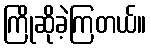
ကြိုဆိုခဲ့ကြတယ်။